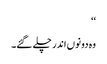
‘‘
وہ دونوں اندر چلے گئے۔